Riigikantselei, lk 59
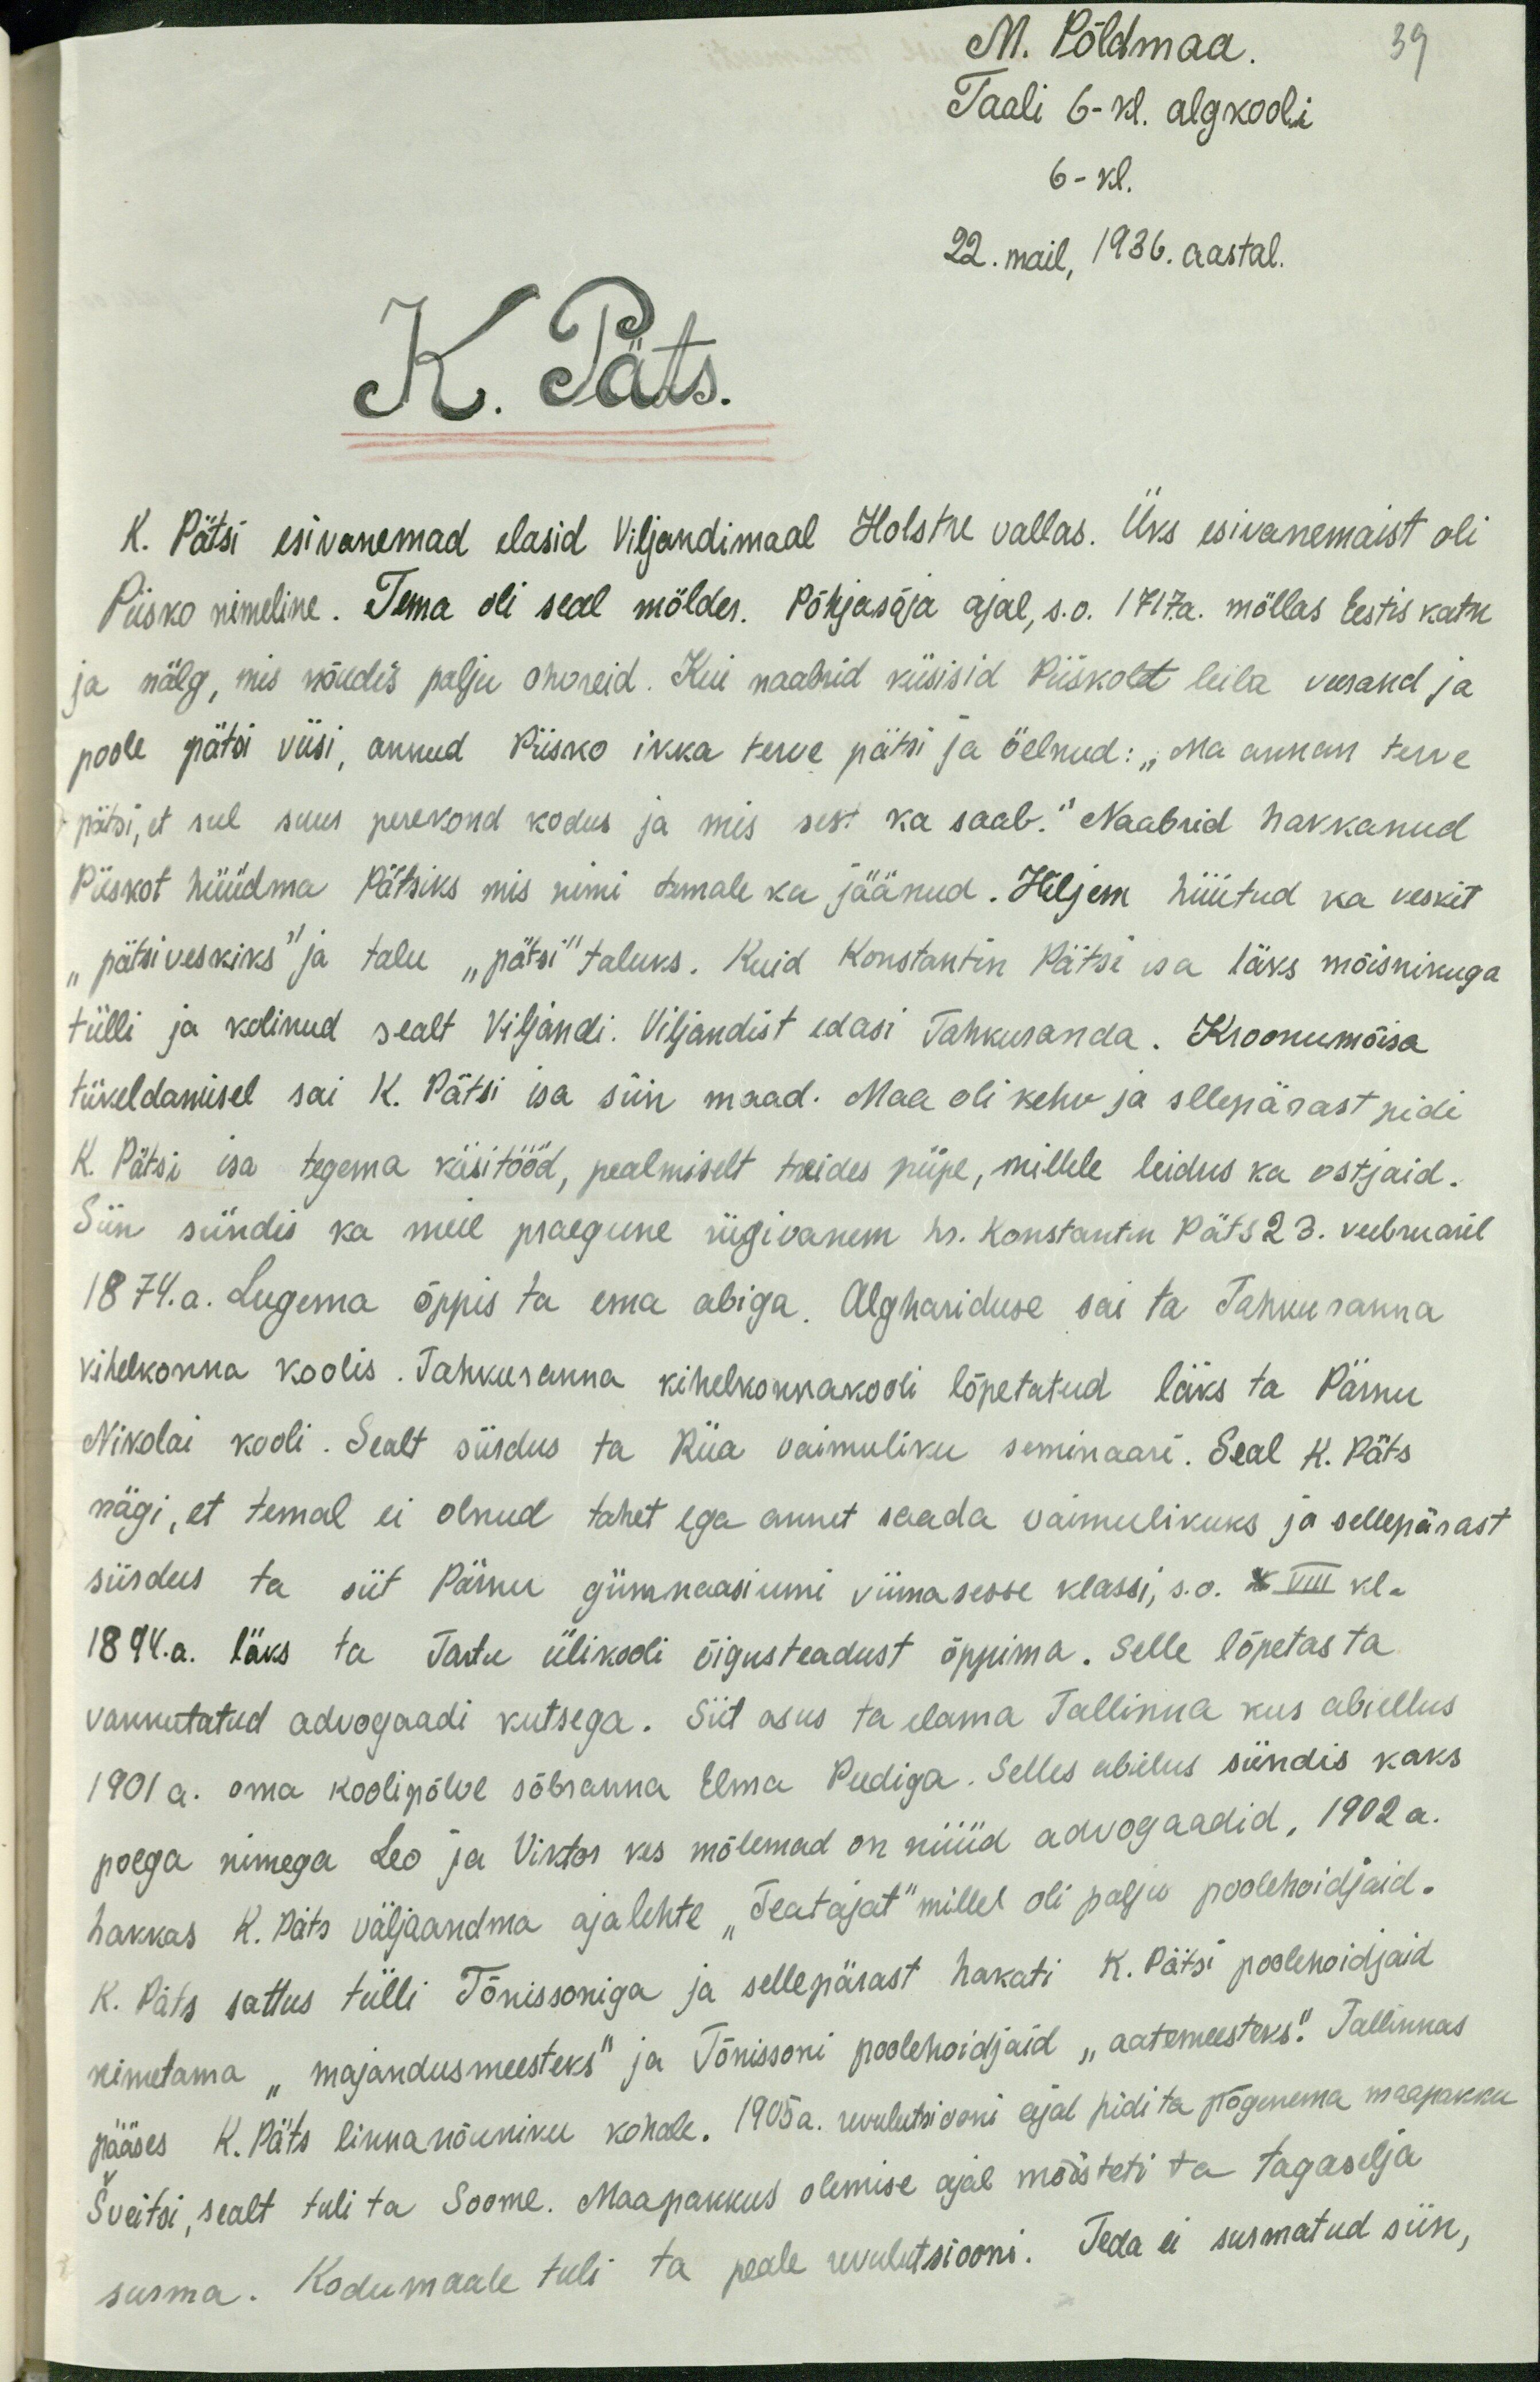
39
M. Põldmaa
Taali 6-kl. algkooli
6-kl.
22. mail, 1936. aastal.
K. Päts.
K. Pätsi esivanemad elasid Viljandimaal Holstre vallas. Üks esivanemaist oli
Piisko nimeline. Tema oli seal mölder. Põhjasõja ajal, s.o. 1717.a. möllas Eestis katk
ja nälg, mis nõudis palju ohvreid. Kui naabrid küsisid Piiskolt leiba veerand ja
poole pätsi viisi, annud Piisko ikka terve pätsi ja öelnud: "Ma annan terve
pätsi, et sul suur perekond kodus ja mis sest ka saab." Naabrid hakkanud
Piiskot hüüdma Pätsiks mis nimi temale ka jäänud. Hiljem hüütud ka veskit
"pätsiveskiks" ja talu "pätsi" taluks. Kuid Konstantin Pätse isa läks mõisnikuga
tülli ja kolinud sealt Viljandi. Viljandist edasi Tahkuranda. Kroonumõisa
tükeldamisel sai K. Pätsi isa siin maad. Maa oli kehv ja sllepärast pidi
K. Pätsi isa tegema käsitööd, pealmiselt treides piipe, millele leidus ka ostjaid.
Siin sündis ka meie praegune riigivanem hr. Konstantin Päts 23. veebruaril
1874.a. Lugema õppis ta ema abiga. Alghariduse sai ta Tahkuranna
kihelkonna koolis. Tahkuranna kihelkonnakooli lõpetatud läks ta Pärnu
Nikolai kooli. Sealt siirdus ta Riia vaimuliku seminaari. Seal K. Päts
nägi, et temal ei olnud tahet ega annet saada vaimulikuks ja sellepärast
siirdus ta siit Pärnu gümnaasiumi viimaseose klassi, s.o. X VIII kl.
1894.a. läks ta Tartu ülikooli õigusteadust õppima. Selle lõpetas ta
vannutatud advogaadi kutsega. Siit asus ta elama Tallinna kus abiellus
1901 a. oma koolipõlve sõbranna Elma Peediga. Selles abielus sündis kaks
poega nimega Leo ja Viktor kes mõlemad on nüüd advogaadid. 1902 a.
hakkas K. Päts väljaandma ajalehte "Teatajat" millel oli palju poolehoidjaid.
K. Päts sattus tülli Tõnissoniga ja sellepärast hakati K. Pätsi poolehoidjaid
nimetama "majandusmeesteks" ja Tõnissoni poolehoidjaid "aatemeesteks". Tallinnas
pääses K. Päts linnanõuniku kohale. 1905a. revulutsiooni ajal pidi ta põgenema maapakku
Šveitsi, sealt tuli ta Soome. Maapakkus olemise ajal mõisteti ta tagaselja
surma. Kodumaale tuli ta peale revulutsiooni. Teda ei surmatud siin,